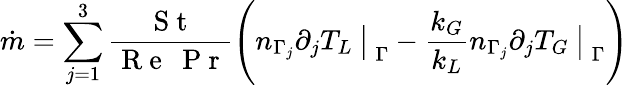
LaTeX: \dot{m}=\sum_{j=1}^{3}\frac{\mathrm{~S~t~}}{\mathrm{~R~e~}\: \mathrm{~P~r~}}\Bigg({n_{\Gamma_{j}}\partial_{j}T_{L}\: \bigr\vert}_{\: \Gamma}-\frac{k_{G}}{k_{L}}{n_{\Gamma_{j}}\partial_{j}T_{G}\: \bigr\vert}_{\: \Gamma}\Bigg)